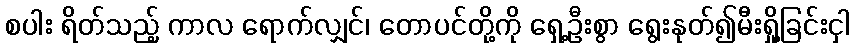
စပါး ရိတ်သည့် ကာလ ရောက်လျှင်၊ တောပင်တို့ကို ရှေ့ဦးစွာ ရွေးနုတ်၍မီးရှို့ခြင်းငှါ